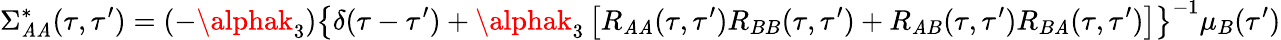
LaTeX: \Sigma_{\mathit{A}\mathit{A}}^{*}(\tau,\tau^{\prime})=(-\alphak_{3})\left\{ \delta(\tau-\tau^{\prime})+\alphak_{3}\left[R_{\mathit{A}\mathit{A}}(\tau,\tau^{\prime})R_{BB}(\tau,\tau^{\prime})+R_{\mathit{A}B}(\tau,\tau^{\prime})R_{B\mathit{A}}(\tau,\tau^{\prime})\right]\right\} ^{-1}\mu_{B}(\tau^{\prime})